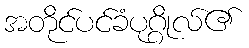
အတိုင်ပင်ခံပုဂ္ဂိုလ်၏